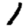
Digit: 1